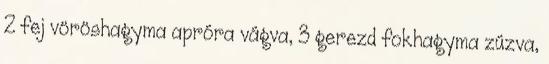
2 fej vöröshagyma apróra vágva, 3 gerezd fokhagyma zúzva,